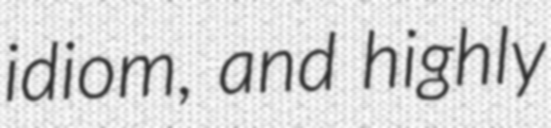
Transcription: idiom, and highly